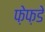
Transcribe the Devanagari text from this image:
फ़ेफ़डे